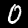
Label: 0